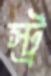
স্ট্র